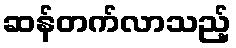
ဆန်တက်လာသည့်